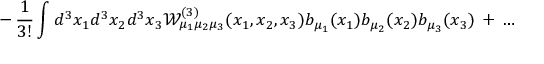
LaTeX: \, - \, \frac { 1 } { 3 ! } \int d ^ { 3 } x _ { 1 } d ^ { 3 } x _ { 2 } d ^ { 3 } x _ { 3 } { \mathcal W } _ { \mu _ { 1 } \mu _ { 2 } \mu _ { 3 } } ^ { ( 3 ) } ( x _ { 1 } , x _ { 2 } , x _ { 3 } ) b _ { \mu _ { 1 } } ( x _ { 1 } ) b _ { \mu _ { 2 } } ( x _ { 2 } ) b _ { \mu _ { 3 } } ( x _ { 3 } ) \, + \, \ldots